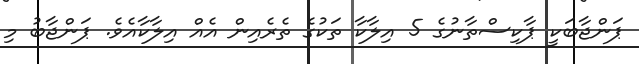
ޕަންޖާބަކީ ޕާކިސްތާނުގެ 5 އިލާކާ ތަކުގެ ތެރެއިން އެއް އިލާކާއެވެ. ޕަންޖާބު މި